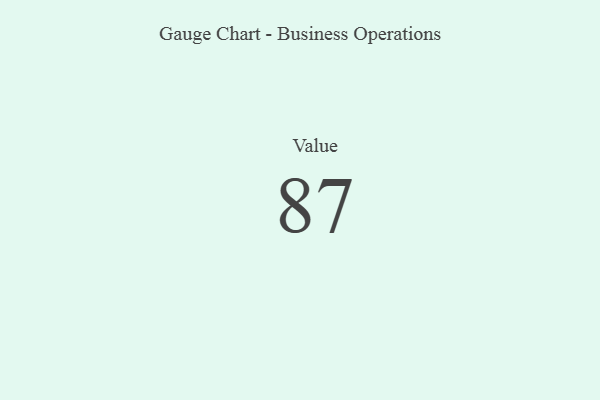
{"axis": {"x": "Metric", "y": "Value"}, "legend": [""], "data": [{"x": "Value", "y": 87, "type": ""}]}